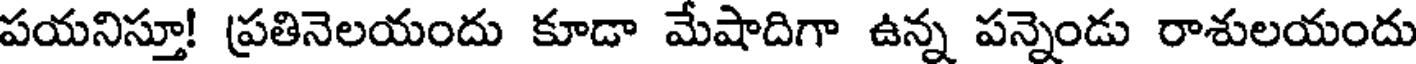
పయనిస్తూ! ప్రతినెలయందు కూడా మేషాదిగా ఉన్న పన్నెండు రాశులయందు